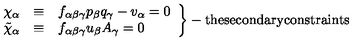
\left. \begin{array} { c c l } { \chi _ { \alpha } } & { \equiv } & { f _ { \alpha \beta \gamma } p _ { \beta } q _ { \gamma } - v _ { \alpha } = 0 } \\ { \tilde { \chi } _ { \alpha } } & { \equiv } & { f _ { \alpha \beta \gamma } u _ { \beta } A _ { \gamma } = 0 } \\ \end{array} \right\} - \mathrm { t h e s e c o n d a r y c o n s t r a i n t s }